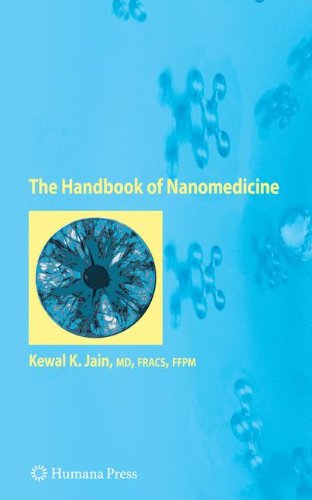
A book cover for The Handbook of Nanomedicine; Kewal K. Jain; Medical Books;